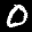
Label: 0